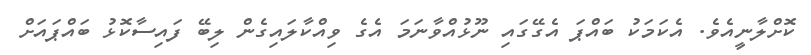
ކޮށްލާނީއެވެ. އެކަމަކު ބައްޕަ އެގޭގައި ނޫޅުއްވާނަމަ އެގެ ވިއްކާލައިގެން ލިބޭ ފައިސާކޮޅު ބައްޕައަށް